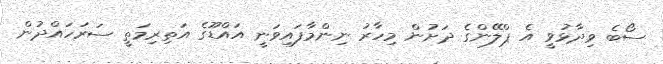
ސޯބެ ވިދާޅުވީ އެ ޕްލޭންގެ ދަށުން މިހާރު ނިންމާފައިވަނީ އައްޑޫގެ އަތިރިމަތީ ސަރަހައްދުން